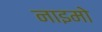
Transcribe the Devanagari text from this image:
नाइमो